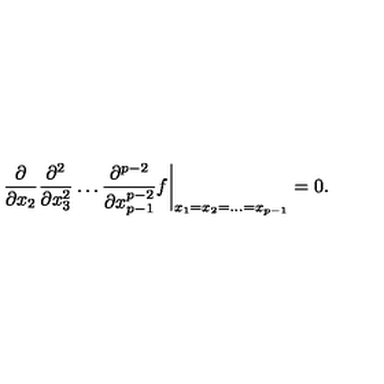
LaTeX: \frac { \partial } { \partial x _ { 2 } } \frac { \partial ^ { 2 } } { \partial x _ { 3 } ^ { 2 } } \dots \frac { \partial ^ { p - 2 } } { \partial x _ { p - 1 } ^ { p - 2 } } f \biggr | _ { x _ { 1 } = x _ { 2 } = \dots = x _ { p - 1 } } = 0 .